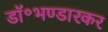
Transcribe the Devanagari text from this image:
डॉ॰भण्डारकर